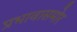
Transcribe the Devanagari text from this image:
प्रभावासमोर